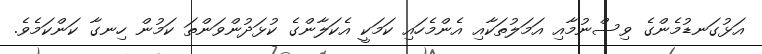
އަޅުގަނޑުމެންގެ ވިސްނުމާއި އަމަލުތަކާއި އެންމެހައި ކަމަކީ އެކަލާންގެ ކުޅަދުންވަންތަ ކަމުން ހިނގާ ކަންކަމެވެ.